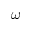
\omega